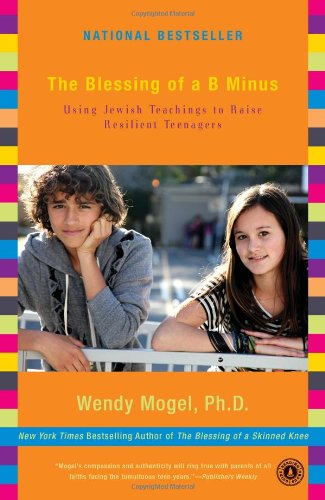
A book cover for The Blessing of a B Minus: Using Jewish Teachings to Raise Resilient Teenagers; Wendy Mogel Ph.D.; Parenting & Relationships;